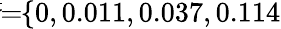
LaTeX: \! \! \! \overline{{\sigma}}\! \! =\! \! \{ 0,0.011,0.037,0.114\} \! \! \!